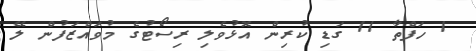
1 ހަފްތާ 11 ގަޑި ކުރިން އޮޅުވެލި ރިސޯޓުގެ މުވައްޒަފުން ލޭ